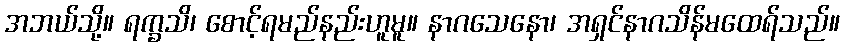
အဘယ်သို့။ ရက္ခသိ၊ စောင့်ရမည်နည်းဟူမူ။ နာဂသေနော၊ အရှင်နာဂသိန်မထေရ်သည်။